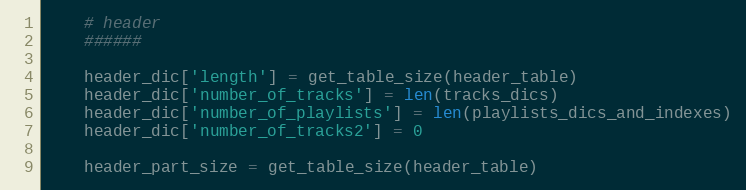
Language: Python
    # header
    ######

    header_dic['length'] = get_table_size(header_table)
    header_dic['number_of_tracks'] = len(tracks_dics)
    header_dic['number_of_playlists'] = len(playlists_dics_and_indexes)
    header_dic['number_of_tracks2'] = 0

    header_part_size = get_table_size(header_table)